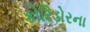
કોરિડોરના